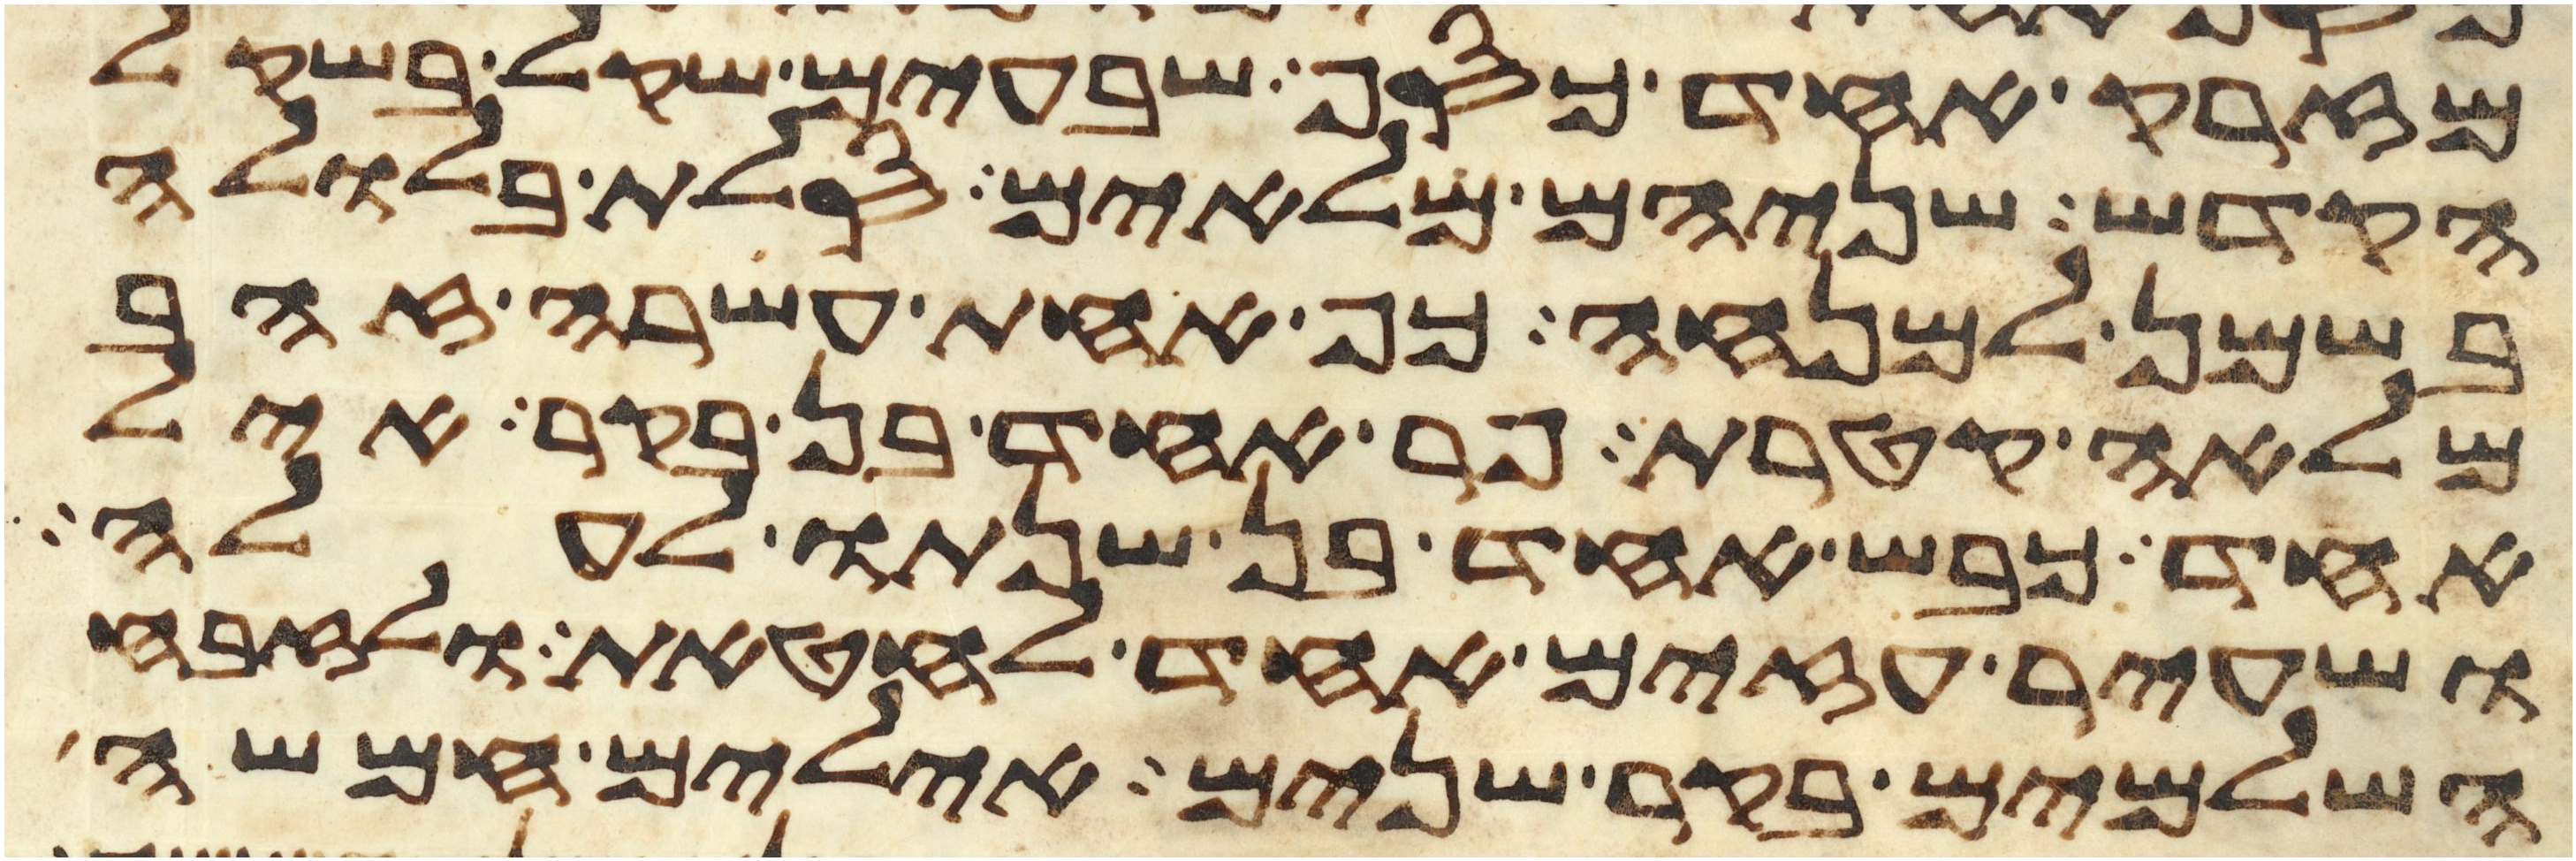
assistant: מזרק אחד כסף שבעים שקל בשקל
הקדש שניהם מלאים סלת בלולה
בשמן למנחה כף אחת עשרה זהב
מלאה קטרת פר אחד בן בקר איל
אחד כבש אחד בן שנתו לעלה
ושעיר עזים אחד לחטאת ולזבח
השלמים בקר שנים אילים חמשה